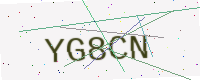
Text: YG8CN